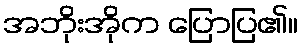
အဘိုးအိုက ပြောပြ၏။